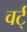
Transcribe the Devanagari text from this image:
वर्ट्